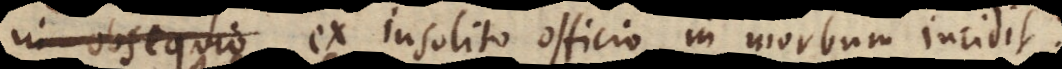
s, ex insueto officio in morbum incidit.